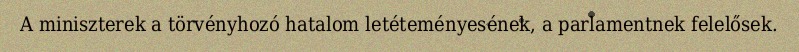
A miniszterek a törvényhozó hatalom letéteményesének, a parlamentnek felelősek.